Civil Veterinary Department. United Provinces 1912-22 - 1912-1922
Year: 1912
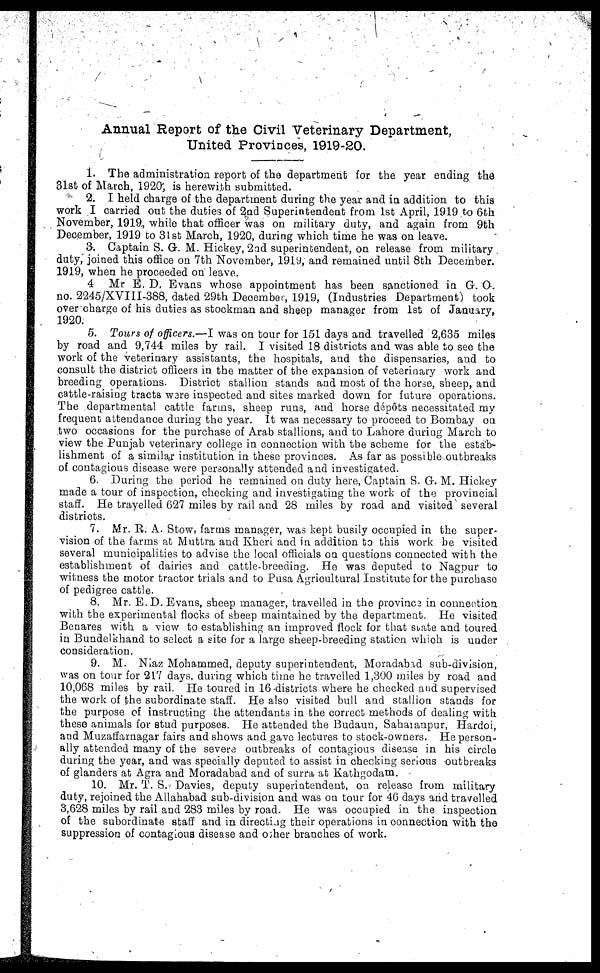
Annual Report of the Civil Veterinary Department,
United Provinces, 1919-20.
1. The administration report of the department for the year ending the
31st of March, 1920, is herewith submitted.
2. I held charge of the department during the year and in addition to this
work I carried out the duties of 2nd Superintendent from 1st April, 1919 to 6th
November, 1919, while that officer was on military duty, and again from 9th
December, 1919 to 31st March, 1920, during which time he was on leave.
3. Captain S. G. M. Hickey, 2ad superintendent, on release from military
duty, joined this office on 7th November, 1919, and remained until 8th December,
1919, when he proceeded on leave.
4 Mr E. D. Evans whose appointment has been sanctioned in G. O.
no. 2245/XVIII-388, dated 29th December, 1919, (Industries Department) took
over charge of his duties as stockman and sheep manager from 1st of January,
1920.
5. Tours of officers.—I was on tour for 151 days and travelled 2,635 miles
by road and 9,744 miles by rail. I visited 18 districts and was able to see the
work of the veterinary assistants, the hospitals, and the dispensaries, and to
consult the district officers in the matter of the expansion of veterinary work and
breeding operations. District stallion stands and most of the horse, sheep, and
cattle-raising tracts were inspected and sites marked down for future operations.
The departmental cattle farms, sheep runs, and horse depots necessitated my
frequent attendance during the year. It was necessary to proceed to Bombay on
two occasions for the purchase of Arab stallions, and to Lahore during March to
view the Punjab veterinary college in connection with the scheme for the estab-
lishment of a similar institution in these provinces. As far as possible outbreaks
of contagious disease were personally attended and investigated.
6. During the period he remained on duty here, Captain S. G. M. Hickey
made a tour of inspection, checking and investigating the work of the provincial
staff. He travelled 627 miles by rail and 28 miles by road and visited several
districts.
7. Mr. R. A. Stow, farms manager, was kept busily occupied in the super-
vision of the farms at Muttra and Kheri and in addition to this work be visited
several municipalities to advise the local officials on questions connected with the
establishment of dairies and cattle-breeding. He was deputed to Nagpur to
witness the motor tractor trials and to Pusa Agricultural Institute for the purchase
of pedigree cattle.
8. Mr. E.D. Evans, sheep manager, travelled in the provinca in connection
with the experimental flocks of sheep maintained by the department. He visited
Benares with a view to establishing an improved flock for that state and toured
in Bundelkhand to select a site for a large sheep-breeding station which is under
consideration.
9. M. Niaz Mohammed, deputy superintendent, Moradabad sub-division,
was on tour for 217 days, during which time he travelled 1,300 miles by road and
10,068 miles by rail. He toured in 16 districts where he checked and supervised
the work of the subordinate staff. He also visited bull and stallion stands for
the purpose of instructing the attendants in the correct methods of dealing with
these animals for stud purposes. He attended the Budaun, Sahaianpur, Hardoi,
and Muzaffarnagar fairs and shows and gave lectures to stock-owners. He person-
ally attended many of the severe outbreaks of contagious disease in his circle
during the year, and was specially deputed to assist in checking serious outbreaks
of glanders at Agra and Moradabad and of surra at Kathgodam.
10. Mr. T. S. Davies, deputy superintendent, on release from military
duty, rejoined the Allahabad sub-division and was on tour for 46 days and travelled
3,628 miles by rail and 283 miles by road. He was occupied in the inspection
of the subordinate staff and in directing their operations in connection with the
suppression of contagious disease and other branches of work.